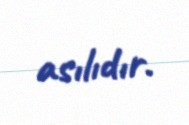
asılıdır.